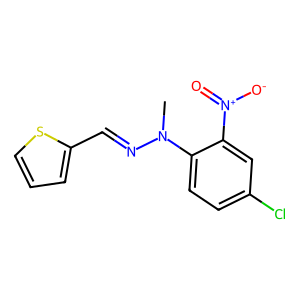
SMILES: CN(N=Cc1cccs1)c1ccc(Cl)cc1[N+](=O)[O-]
Inhibits HIV replication: No